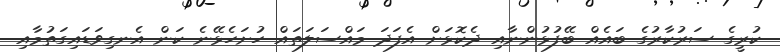
ކުރީގެ ސަރުކާރުގެ ބައެއް ބޭފުޅުންނާއި ދެކޮޅަށް އެފަދަ މައްސަލަތައް ހުށަހެޅޭނެ ކަން އެނގިވަޑައިގަތުމާއި